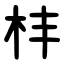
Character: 㭋